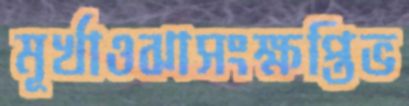
মূর্খাওঝাসংক্ষপ্তিভ